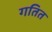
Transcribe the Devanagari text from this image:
गतित